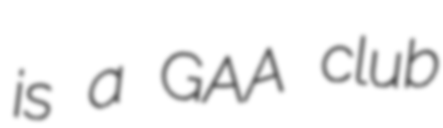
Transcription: is a GAA club